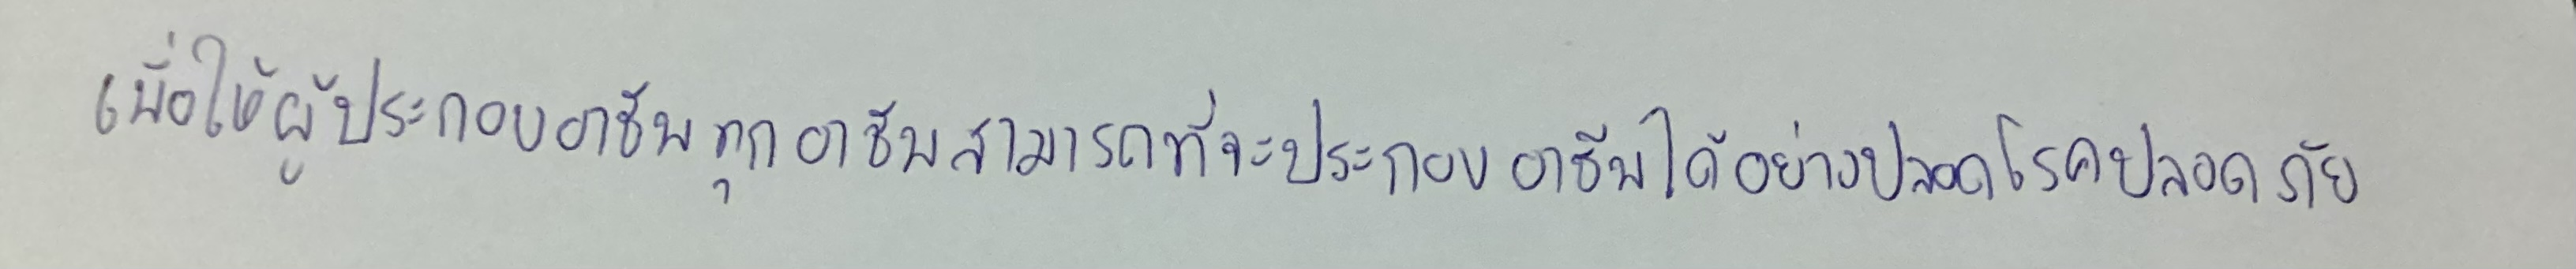
เพื่อให้ผู้ประกอบอาชีพทุกอาชีพสามารถที่จะประกอบอาชีพได้อย่างปลอดโรคปลอดภัย